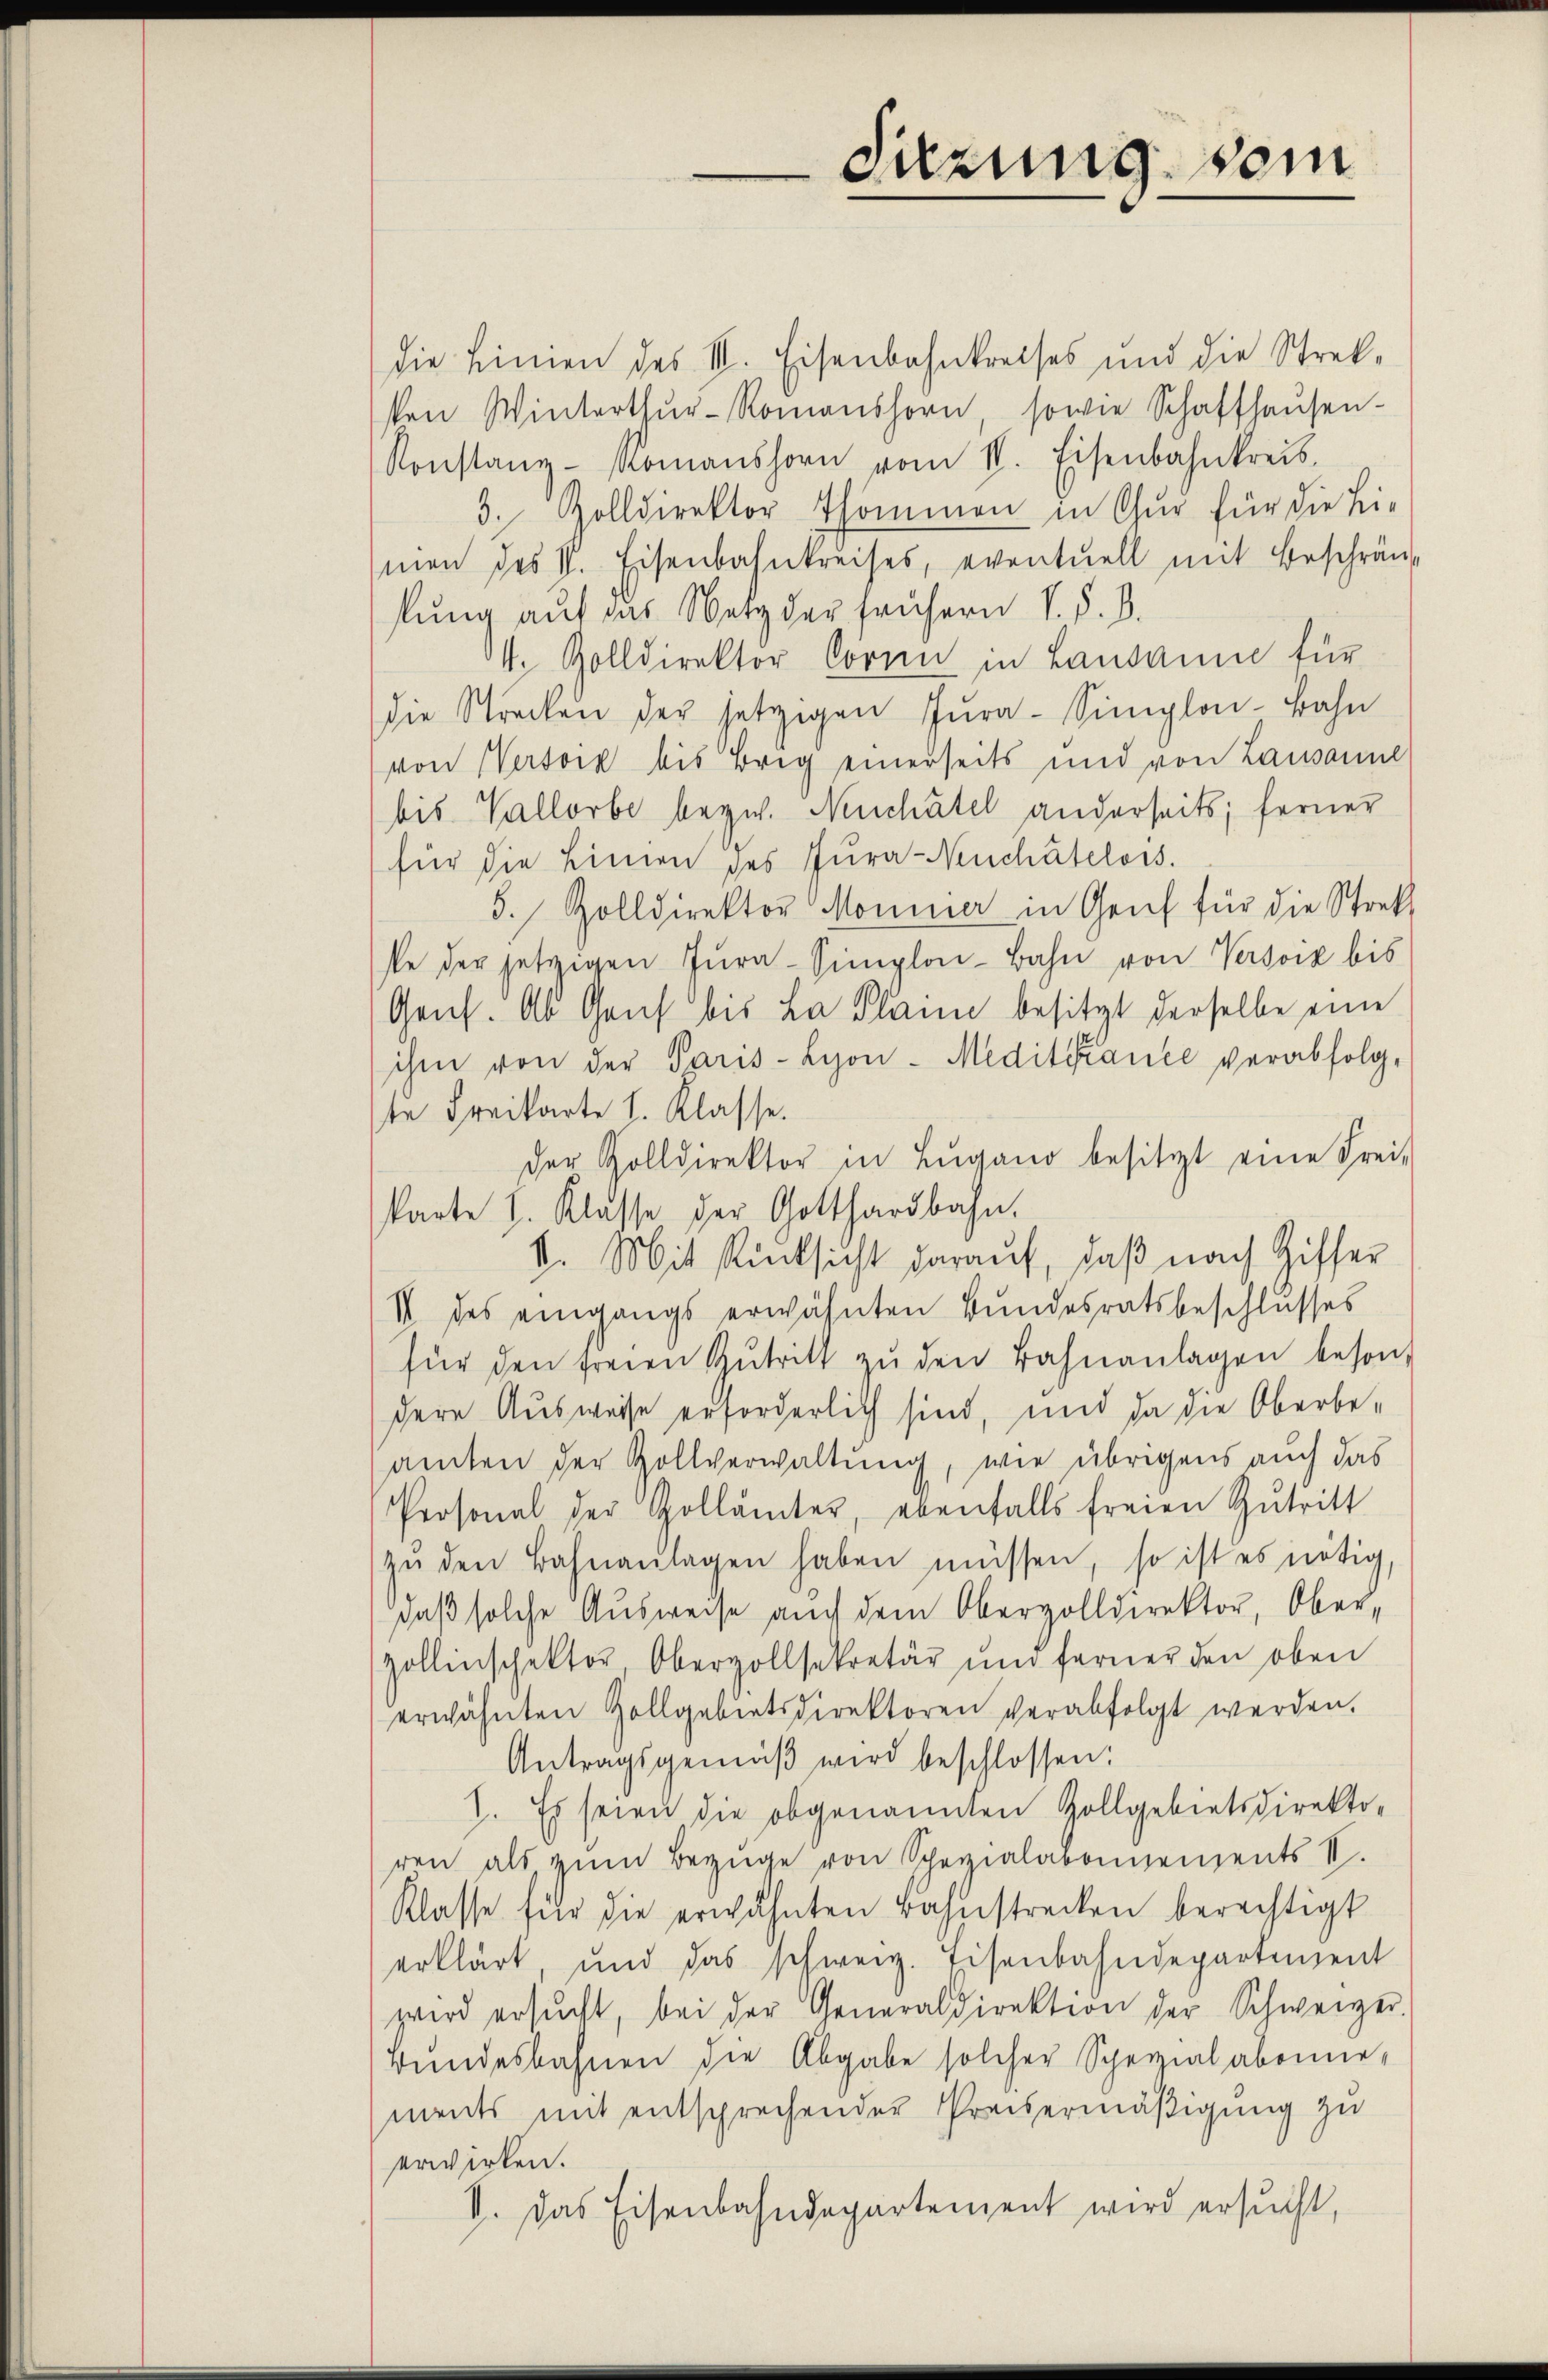
Sitzung vom

die Linien des III. Eisenbahnkreises und die Streksen Winterthŭr-Romanshorn sowie Schaffhaŭsen-
Konstanz Romanshorn vom II. Eisenbahnkreis.
3. Zolldirektor Thommen in Chur für die Li-
men des V. Eisenbahnkreises, eventuell mit Beschrän-
lung auf das Netz der frühern V. P. B.
4. Zolldirektor Corni in Lausanne für
die Strecken der jetzigen Jŭra-Simplon-Bahn
von Versork bis Brig einerseits und von Lausanne
bis, Vallorbe bezw. Neuchâtel anderseits; ferner
für die Linien des Jura-Neuchâtelois.
5. Zolldirektor Monnier in Genf für die Strekt
se der jetzigen Jŭra-Simplon-Bahn von Versork bis
Gruf. Ab Genf bis La Plan besitzt derselbe eine
ihm von der Paris - Lyon - Meditfrance verabfolg-
te Freikarte l. Klasse.
der Zolldirektor in Lugano besitzt eine Frei-
karte I. Klasse der Gotthardbahn.
V. Mit Rücksicht darauf, daß nach Ziffer
IV des eingangs erwähnten Bundesratsbeschlusses
für den freien Zutritt zŭ den Bahnanlagen besond
dere Ausweise erforderlich sind, und da die Oberbe-
amten der Zollverwaltung, wie übrigens auch das
Personal der Gollämter, ebenfalls freien Zutritt
zŭ den Bahnanlagen haben müssen, so ist es nötig,
daß solche Ausweise auch dem Oberzolldirektor, Ober¬
Zollinschektor Obervollsekretär und ferner den oben
erwähnten Zollgebietsdirektoren verabfolgt werden.
Antragsgemäβ wird beschlossen:
1. Es seien die obgenannten Zollgebietsdirektoren als zŭm Bezüge von Spezialabonnements II.
Klasse für die erwähnten Bahnstrecken berechtigt
erklärt und das schweiz. Eisenbahndepartement
wird ersŭcht, bei der Generaldirektion der Schweizer.
Bundesbahnen die Abgabe solcher Spezialabonnements mit entsprechender Preisermäßigung zu
erwirken.
V. Das Eisenbahndepartement wird ersucht,